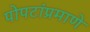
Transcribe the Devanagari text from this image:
पोपटांप्रमाणे